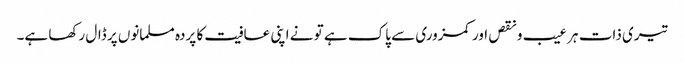
تیری ذات ہر عیب و نقص اور کمزوری سے پاک ہے تو نے اپنی عافیت کا پردہ مسلمانوں پر ڈال رکھا ہے۔